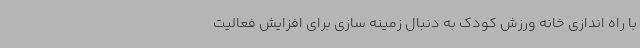
با راه اندازی خانه ورزش کودک به دنبال زمینه سازی برای افزایش فعالیت